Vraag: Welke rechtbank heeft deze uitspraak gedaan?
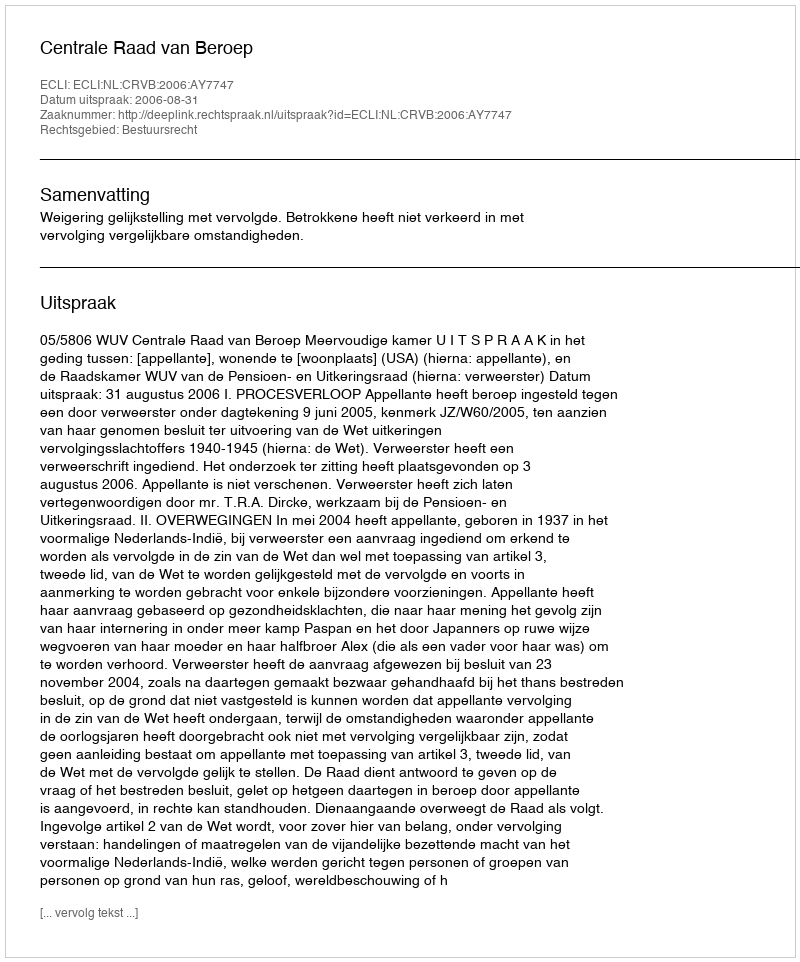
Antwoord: Centrale Raad van Beroep